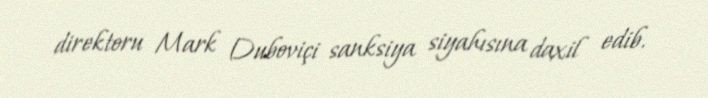
direktoru Mark Duboviçi sanksiya siyahısına daxil edib.